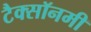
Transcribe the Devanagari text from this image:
टैक्सॉनमी